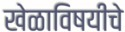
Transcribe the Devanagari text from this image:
खेळाविषयीचे